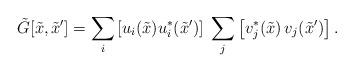
LaTeX: \begin{align*}{\tilde G}[{\tilde x},{\tilde x'}]=\sum_{i} \left[u_i({\tilde x})u_i^*({\tilde x'})\right]\;\sum_j \left[v_j^*({\tilde x})\, v_j({\tilde x'})\right].\end{align*}